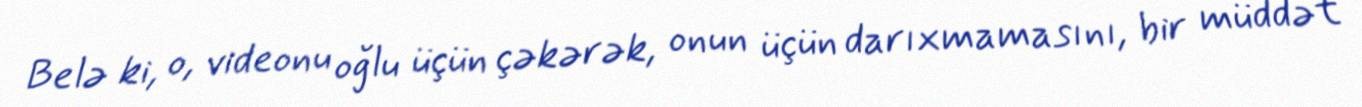
Belə ki, o, videonu oğlu üçün çəkərək, onun üçün darıxmamasını, bir müddət